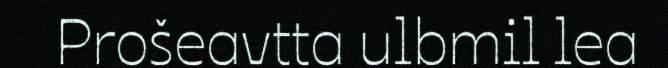
Prošeavtta ulbmil lea